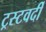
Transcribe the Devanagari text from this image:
ट्रस्टवर्दी